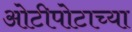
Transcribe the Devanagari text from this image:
ओटीपोटाच्या